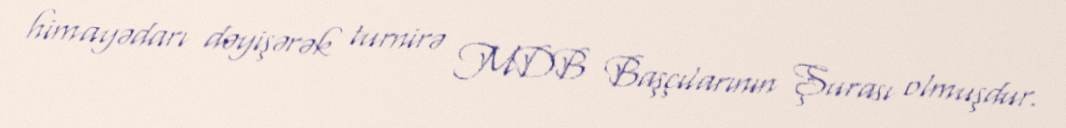
himayədarı dəyişərək turnirə MDB Başçılarının Şurası olmuşdur.